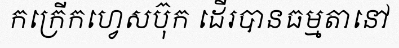
កក្រើកហ្វេសប៊ុក ដើរបានធម្មតានៅ